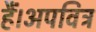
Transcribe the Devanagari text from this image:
हैं।अपवित्र